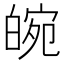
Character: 𤾂